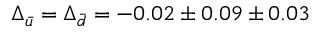
\Delta _ { \bar { u } } = \Delta _ { \bar { d } } = - 0 . 0 2 \pm 0 . 0 9 \pm 0 . 0 3